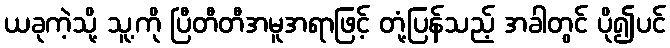
ယခုကဲ့သို့ သူ့ကို ပြီတီတီအမူအရာဖြင့် တုံ့ပြန်သည့် အခါတွင် ပို၍ပင်